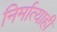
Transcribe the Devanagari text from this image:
निर्मात्याही